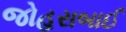
જોહરાબાઈ